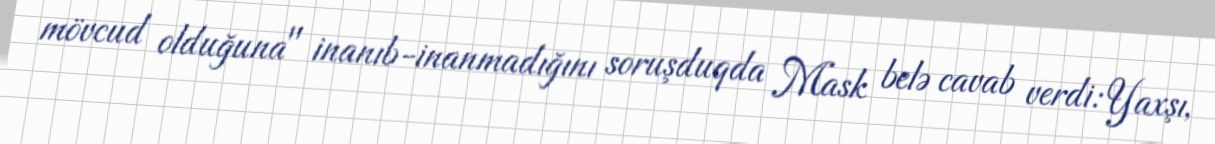
mövcud olduğuna" inanıb-inanmadığını soruşduqda Mask belə cavab verdi: Yaxşı,